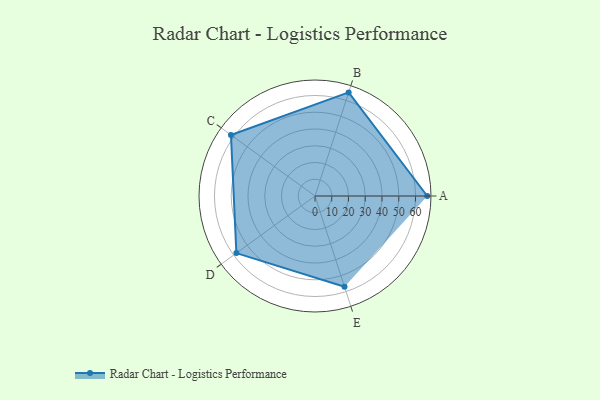
{"axis": {"x": "Skill", "y": "Score"}, "legend": ["Profile"], "data": [{"x": "A", "y": 67.0, "type": "Profile"}, {"x": "B", "y": 65.0, "type": "Profile"}, {"x": "C", "y": 62.0, "type": "Profile"}, {"x": "D", "y": 58.0, "type": "Profile"}, {"x": "E", "y": 57.0, "type": "Profile"}]}